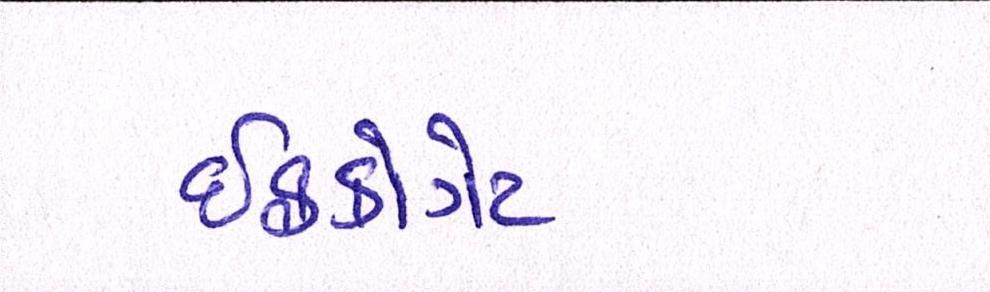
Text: ઈફકોગેટ